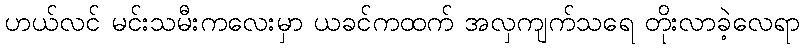
ဟယ်လင် မင်းသမီးကလေးမှာ ယခင်ကထက် အလှကျက်သရေ တိုးလာခဲ့လေရာ